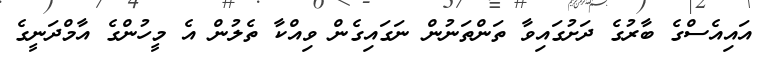
އައިއެސްގެ ބާރުގެ ދަށުގައިވާ ތަންތަނުން ނަގައިގެން ވިއްކާ ތެލުން އެ މީހުންގެ އާމްދަނީގެ